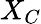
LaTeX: X_{C}